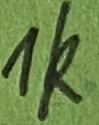
Text: 1k